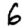
Digit: 6